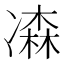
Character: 𠘆